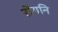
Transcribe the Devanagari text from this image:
रोगनि